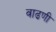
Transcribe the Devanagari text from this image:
वाढणी